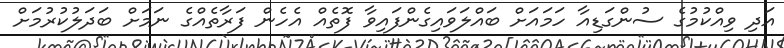
އަދި ވިއްކުމުގެ ސުންގަޑިއާ ހަމައަށް ބައްލަވައިގެންފައިވާ ފޮތެއް އެހެން ފަރާތެއްގެ ނަމަށް ބަދަލުކުރުމަށް